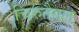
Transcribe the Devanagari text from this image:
चिरुतैगल